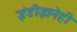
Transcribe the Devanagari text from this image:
इंडीझनेही